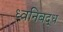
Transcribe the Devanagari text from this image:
ध्वनिबद्ध